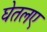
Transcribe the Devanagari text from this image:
घेतलए